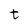
Character: t